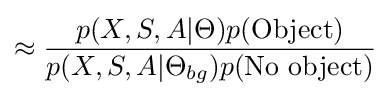
\approx {\frac {p(X,S,A|\Theta )p({\mbox{Object}})}{p(X,S,A|\Theta _{bg})p({\mbox{No object}})}}